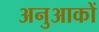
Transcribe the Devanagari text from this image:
अनुआकों